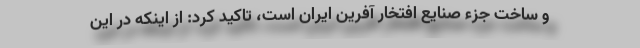
و ساخت جزء صنایع افتخار آفرین ایران است، تاکید کرد: از اینکه در این